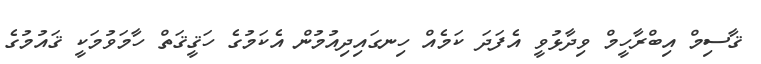
ޤާސިމް އިބްރާހީމް ވިދާޅުވީ އެފަދަ ކަމެއް ހިނގައިދިއުމުން އެކަމުގެ ހަޤީޤަތް ހާމަވުމަކީ ޤައުމުގެ